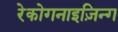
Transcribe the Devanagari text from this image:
रेकोगनाइज़िन्ग